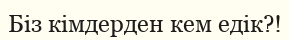
Біз кімдерден кем едік?!